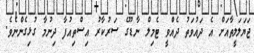
ޖަޔަލަލީތާއަށް އެ ދައުވަތު ދެއްވީ ޓެމިލް ނާޑޫގެ ސަރުކާރު އިސްތިއުފާ ދިނުމާ ގުޅިގެންނެވެ.